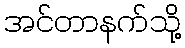
အင်တာနက်သို့